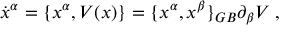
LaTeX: { \dot { x } } ^ { \alpha } = \{ { x } ^ { \alpha } , V ( x ) \} = { \{ x ^ { \alpha } , x ^ { \beta } \} } _ { G B } \partial _ { \beta } V \; ,